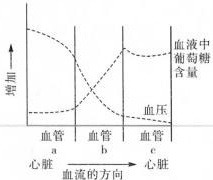
D.a中的血液是动脉血，c中的血液是静脉血